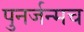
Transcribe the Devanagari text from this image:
पुनर्जन्मच